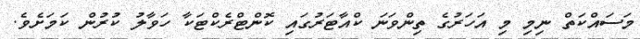
މަސައްކަތް ނިމި މި އަހަރުގެ ތިންވަނަ ކްއާޓަރުގައި ކޮންޓްރެކްޓަކާ ހަވާލު ކުރުން ކަމަަށެވެ.